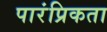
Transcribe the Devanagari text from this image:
पारंप्रिकता